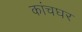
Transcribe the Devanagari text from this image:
कांचघर